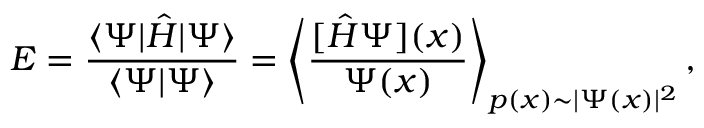
E = \frac { \langle \Psi | \hat { H } | \Psi \rangle } { \langle \Psi | \Psi \rangle } = \left\langle \frac { [ \hat { H } \Psi ] ( x ) } { \Psi ( x ) } \right\rangle _ { p ( x ) \sim | \Psi ( x ) | ^ { 2 } } ,